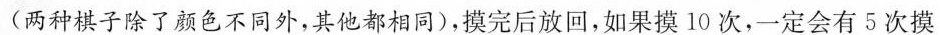
(两种棋子除了颜色不同外，其他都相同)，摸完后放回，如果摸10次，一定会有5次摸